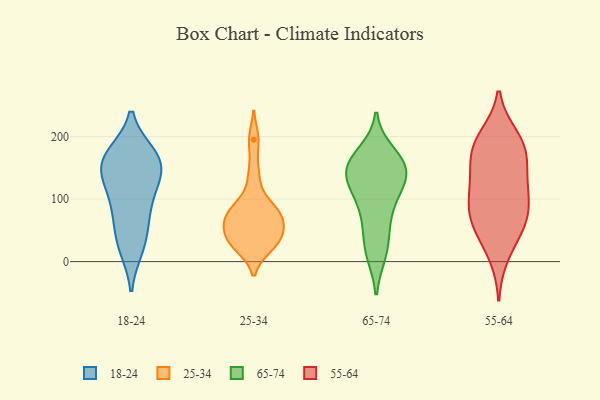
{"axis": {"x": "Website Visitors", "y": "Value"}, "legend": ["18-24", "25-34", "55-64", "65-74"], "data": [{"x": "", "y": 23, "type": "18-24"}, {"x": "", "y": 172, "type": "18-24"}, {"x": "", "y": 141, "type": "18-24"}, {"x": "", "y": 86, "type": "18-24"}, {"x": "", "y": 52, "type": "18-24"}, {"x": "", "y": 106, "type": "18-24"}, {"x": "", "y": 166, "type": "18-24"}, {"x": "", "y": 167, "type": "18-24"}, {"x": "", "y": 152, "type": "18-24"}, {"x": "", "y": 21, "type": "18-24"}, {"x": "", "y": 137, "type": "18-24"}, {"x": "", "y": 124, "type": "18-24"}, {"x": "", "y": 172, "type": "18-24"}, {"x": "", "y": 71, "type": "18-24"}, {"x": "", "y": 62, "type": "25-34"}, {"x": "", "y": 137, "type": "25-34"}, {"x": "", "y": 195, "type": "25-34"}, {"x": "", "y": 27, "type": "25-34"}, {"x": "", "y": 82, "type": "25-34"}, {"x": "", "y": 54, "type": "25-34"}, {"x": "", "y": 81, "type": "25-34"}, {"x": "", "y": 24, "type": "25-34"}, {"x": "", "y": 87, "type": "25-34"}, {"x": "", "y": 34, "type": "25-34"}, {"x": "", "y": 38, "type": "25-34"}, {"x": "", "y": 66, "type": "25-34"}, {"x": "", "y": 136, "type": "65-74"}, {"x": "", "y": 77, "type": "65-74"}, {"x": "", "y": 91, "type": "65-74"}, {"x": "", "y": 127, "type": "65-74"}, {"x": "", "y": 174, "type": "65-74"}, {"x": "", "y": 163, "type": "65-74"}, {"x": "", "y": 143, "type": "65-74"}, {"x": "", "y": 161, "type": "65-74"}, {"x": "", "y": 12, "type": "65-74"}, {"x": "", "y": 35, "type": "65-74"}, {"x": "", "y": 12, "type": "65-74"}, {"x": "", "y": 113, "type": "65-74"}, {"x": "", "y": 142, "type": "65-74"}, {"x": "", "y": 157, "type": "65-74"}, {"x": "", "y": 154, "type": "65-74"}, {"x": "", "y": 117, "type": "65-74"}, {"x": "", "y": 58, "type": "65-74"}, {"x": "", "y": 84, "type": "55-64"}, {"x": "", "y": 95, "type": "55-64"}, {"x": "", "y": 170, "type": "55-64"}, {"x": "", "y": 60, "type": "55-64"}, {"x": "", "y": 200, "type": "55-64"}, {"x": "", "y": 126, "type": "55-64"}, {"x": "", "y": 10, "type": "55-64"}, {"x": "", "y": 156, "type": "55-64"}, {"x": "", "y": 114, "type": "55-64"}, {"x": "", "y": 64, "type": "55-64"}, {"x": "", "y": 42, "type": "55-64"}, {"x": "", "y": 192, "type": "55-64"}, {"x": "", "y": 123, "type": "55-64"}, {"x": "", "y": 192, "type": "55-64"}, {"x": "", "y": 173, "type": "55-64"}, {"x": "", "y": 70, "type": "55-64"}]}